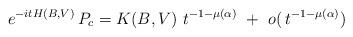
LaTeX: \begin{align*} e^{- i t H(B,V)}\, P_c = K(B,V)\ t^{-1-\mu(\alpha)} \ + \ o(\, t^{-1-\mu(\alpha)})\end{align*}